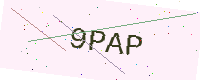
Text: 9PAP